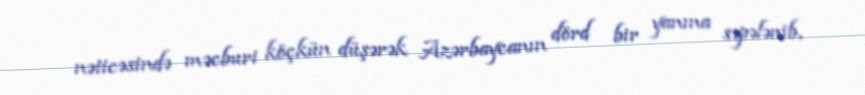
nəticəsində məcburi köçkün düşərək Azərbaycanın dörd bir yanına səpələnib,